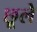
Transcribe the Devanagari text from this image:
छूले